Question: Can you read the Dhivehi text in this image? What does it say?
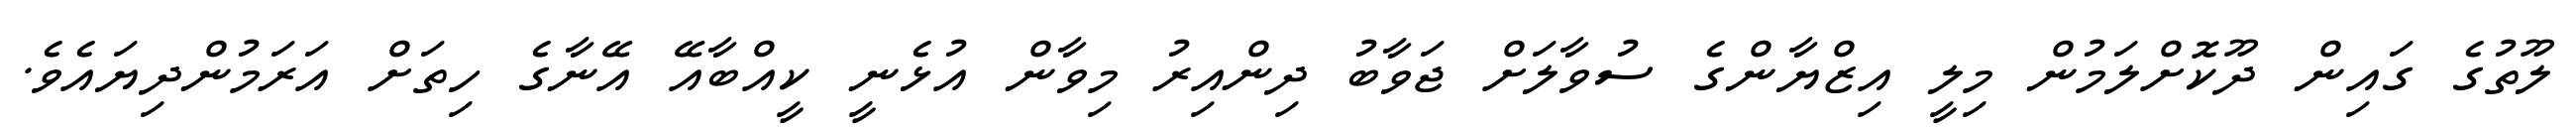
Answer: ލޫތުގެ ގައިން ދޫކޮށްލަމުން މިލީ އިޒްޔާންގެ ސުވާލަށް ޖަވާބު ދިންއިރު މިވާން އުޅެނީ ކީއްބާއޭ އޭނާގެ ހިތަށް އަރަމުންދިޔައެވެ.